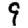
Digit: 9